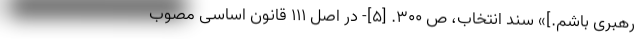
رهبری باشم.]» سند انتخاب، ص ۳۰۰. [۵]- در اصل ۱۱۱ قانون اساسی مصوب